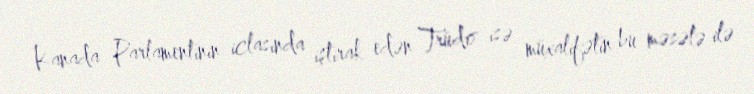
Kanada Parlamentinin iclasında iştirak edən Trüdo isə müxalifətin bu məsələ ilə